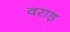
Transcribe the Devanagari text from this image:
वराड़